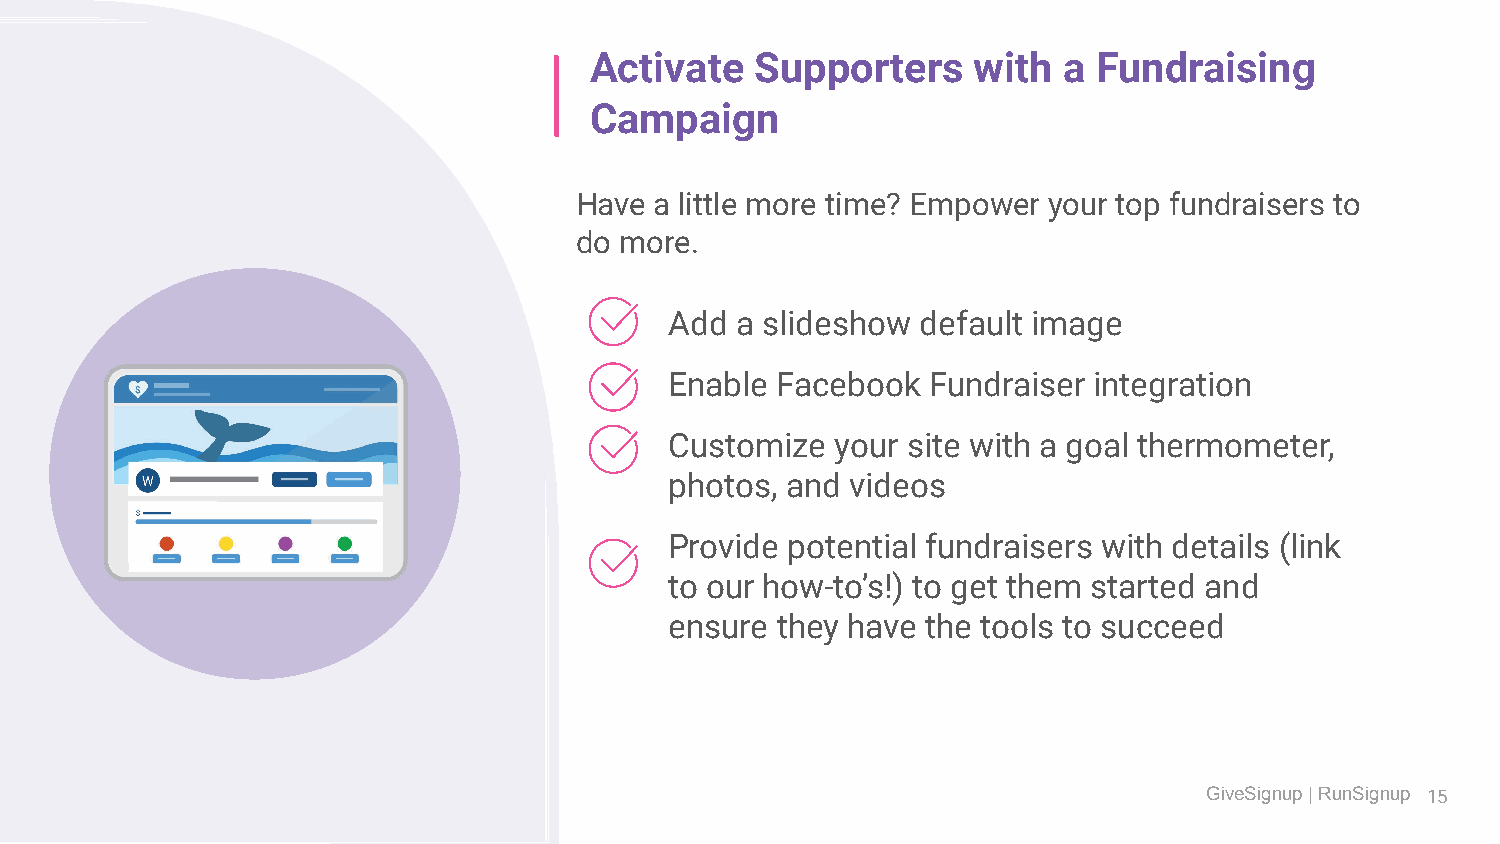
Activate   Supporters    with  a  Fundraising
 Campaign
 Have a little more time? Empower your top fundraisers to
 do more.
 Add  a slideshow default image
 Enable Facebook   Fundraiser integration
 Customize  your site with a goal thermometer,
 photos, and videos
 Provide potential fundraisers with details (link
 to our how-to’s!) to get them started and
 ensure they have the tools to succeed
 GiveSignup | RunSignup 15